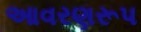
આવરણરૂપ